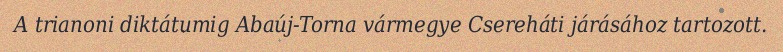
A trianoni diktátumig Abaúj-Torna vármegye Csereháti járásához tartozott.